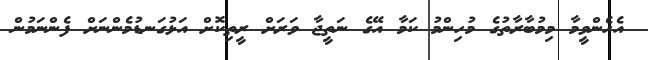
އެހެންވީމާ މިމުބާރާތުގެ މުހިންމު ކަމާ އޭގެ ނަތީޖާ ވަރަށް ރީތިކޮށް އަޅުގަނޑުމެންނަށް ފެންނަމުން